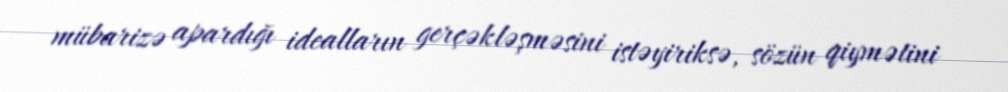
mübarizə apardığı idealların gerçəkləşməsini istəyiriksə, sözün qiymətini